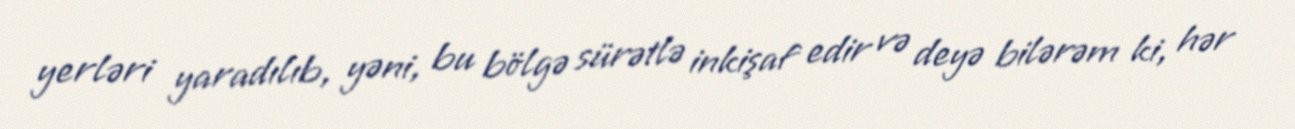
yerləri yaradılıb, yəni, bu bölgə sürətlə inkişaf edir və deyə bilərəm ki, hər